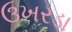
ઉખરડા